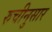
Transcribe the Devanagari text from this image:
रुचीनुसार